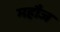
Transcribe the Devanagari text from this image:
महौज